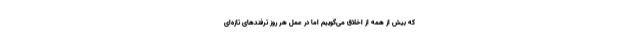
که بیش از همه از اخلاق می‌گوییم اما در عمل هر روز ترفندهای تازه‌ای